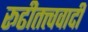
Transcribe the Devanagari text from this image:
रूढीतत्त्ववादी